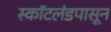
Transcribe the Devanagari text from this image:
स्कॉटलंडपासून